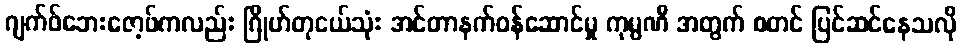
ဂျက်ဖ်ဘေးဇော့ဖ်ကလည်း ဂြိုဟ်တုငယ်သုံး အင်တာနက်ဝန်ဆောင်မှု ကုမ္ပဏီ အတွက် စတင် ပြင်ဆင်နေသလို